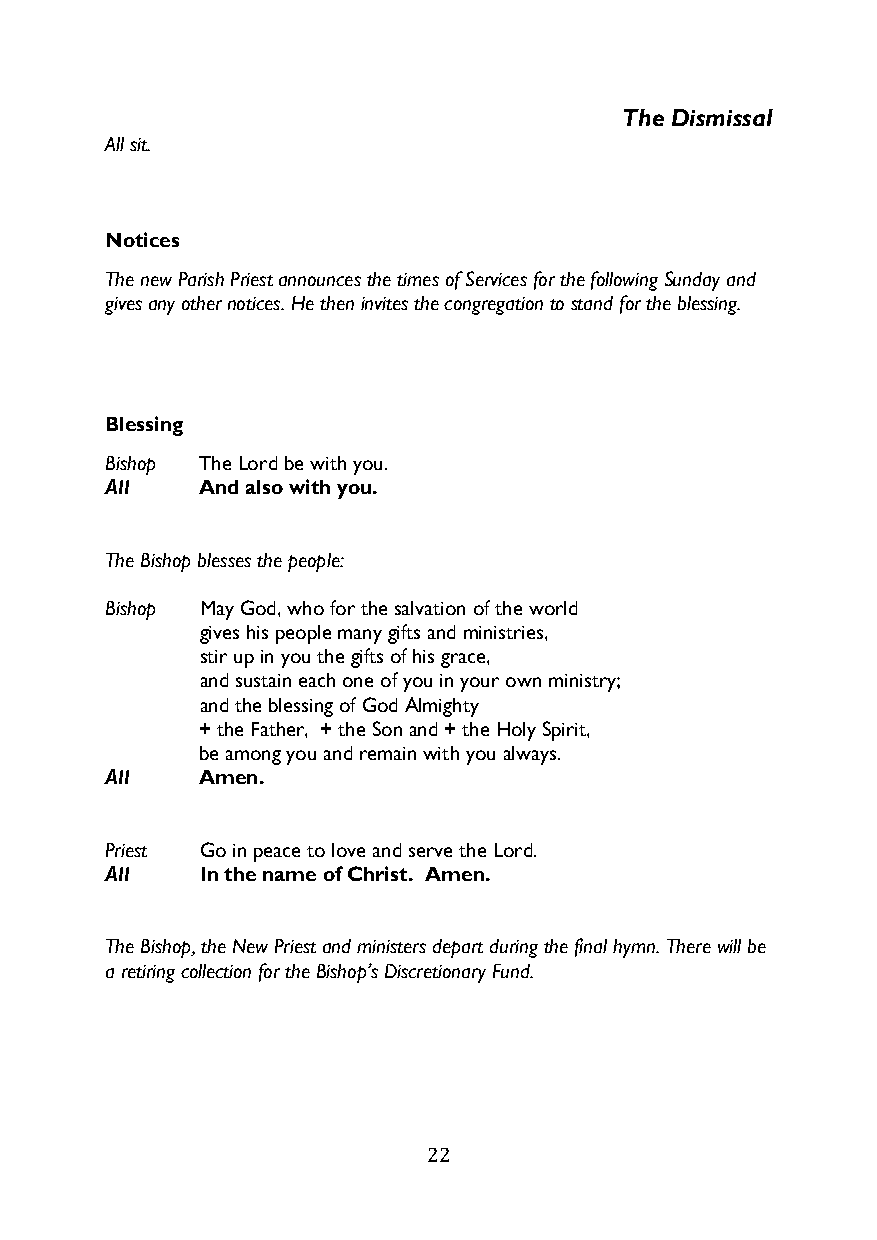
The Dismissal
 All sit.
 Notices
 The new Parish Priest announces the times of Services for the following Sunday and
 gives any other notices. He then invites the congregation to stand for the blessing.
 Blessing
 Bishop The Lord be with you.
 All   And also with you.
 The Bishop blesses the people:
 Bishop May God, who for the salvation of the world
 gives his people many gifts and ministries,
 stir up in you the gifts of his grace,
 and sustain each one of you in your own ministry;
 and the blessing of God Almighty
 + the Father, + the Son and + the Holy Spirit,
 be among you and remain with you always.
 All   Amen.
 Priest Go in peace to love and serve the Lord.
 All   In the name of Christ. Amen.
 The Bishop, the New Priest and ministers depart during the final hymn. There will be
 a retiring collection for the Bishop’s Discretionary Fund.
 22